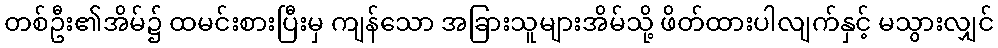
တစ်ဦး၏အိမ်၌ ထမင်းစားပြီးမှ ကျန်သော အခြားသူများအိမ်သို့ ဖိတ်ထားပါလျက်နှင့် မသွားလျှင်